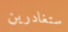
ستغادرين